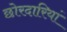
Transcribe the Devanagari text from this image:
छोरदारियां